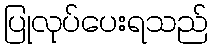
ပြုလုပ်ပေးရသည်